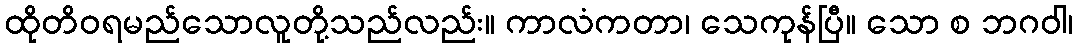
ထိုတိဝရမည်သောလူတို့သည်လည်း။ ကာလံကတာ၊ သေကုန်ပြီ။ သော စ ဘဂဝါ၊